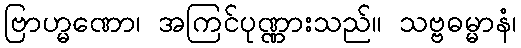
ဗြာဟ္မဏော၊ အကြင်ပုဏ္ဏားသည်။ သဗ္ဗဓမ္မာနံ၊